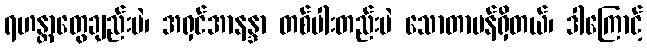
ရဟန္တာတွေချည်းပဲ၊ အရှင်အာနန္ဒာ တစ်ပါးတည်းပဲ သောတာပန်ရှိတယ်၊ ဒါကြောင့်